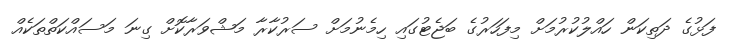
ފަޅުގެ ދަތިކަން ހައްލުކުރުމަށް މިފަހަރުގެ ބަޖެޓުގައި ހިމެނުމަށް ސަރުކާރާ މަޝްވަރާކޮށް ގިނަ މަސައްކަތްތަކެއް